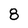
Character: 8